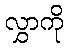
လွှာကို